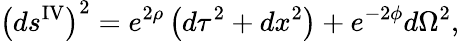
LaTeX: \left(ds^{\mathrm{IV}}\right)^{2}=e^{2\rho}\left(d\tau^{2}+dx^{2}\right)+e^{-2\phi}d\Omega^{2},